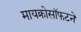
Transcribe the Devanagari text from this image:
मायक्रोसॉफटने